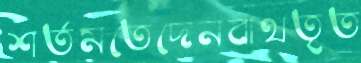
শর্তমতেদেনবাথতৃত